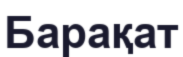
Барақат